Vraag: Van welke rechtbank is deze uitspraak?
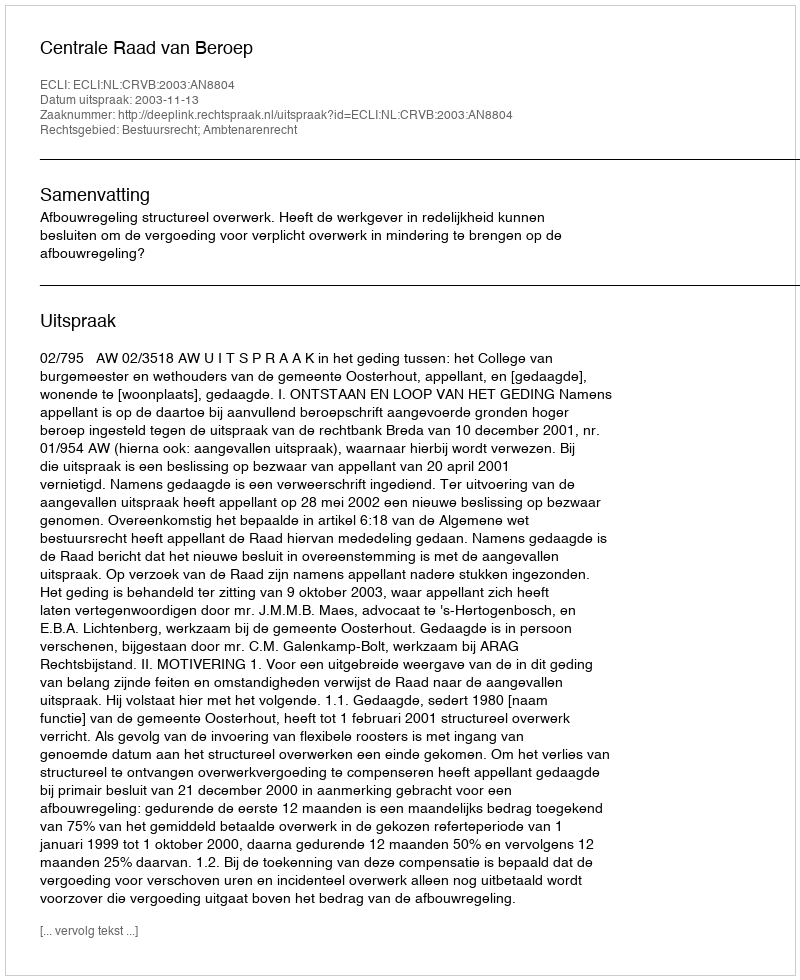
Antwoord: Centrale Raad van Beroep